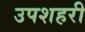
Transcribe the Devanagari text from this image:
उपशहरी